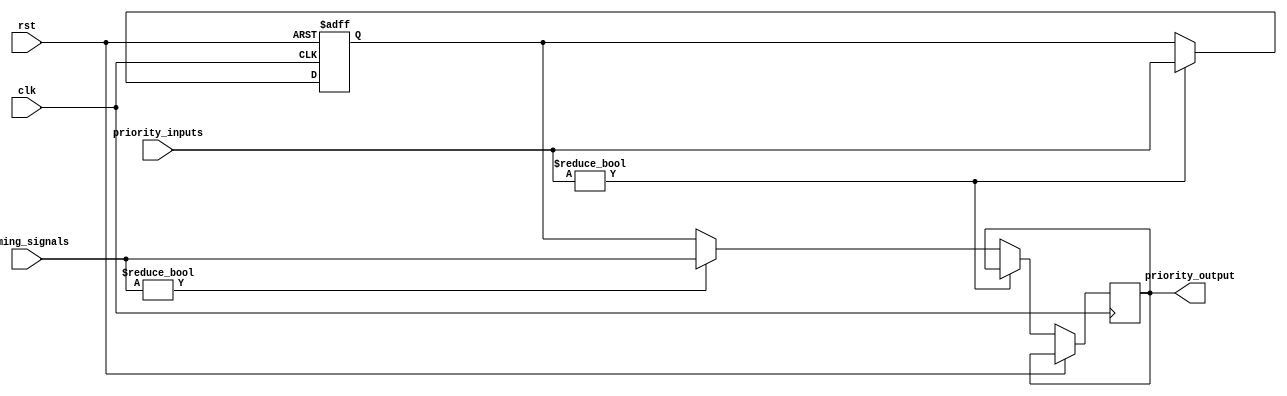
module priority_bypass(
    input clk,
    input rst,
    input [3:0] priority_inputs,
    input [3:0] timing_signals,
    output reg [3:0] priority_output
);

reg [3:0] priority_register;

always @(posedge clk or posedge rst) begin
    if(rst == 1'b1) begin
        priority_register <= 4'b0000;
    end else begin
        if(priority_inputs != 4'b0000) begin
            priority_register <= priority_inputs;
        end else begin
            if(timing_signals != 4'b0000) begin
                priority_output <= timing_signals;
            end else begin
                priority_output <= priority_register;
            end
        end
    end
end

endmodule